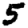
Digit: 5